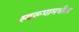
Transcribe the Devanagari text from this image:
स्वरूपामधील